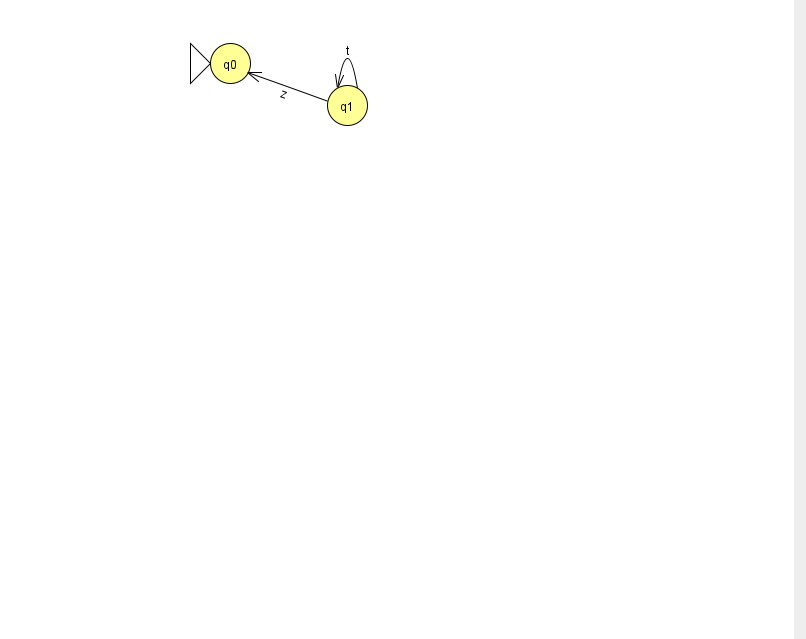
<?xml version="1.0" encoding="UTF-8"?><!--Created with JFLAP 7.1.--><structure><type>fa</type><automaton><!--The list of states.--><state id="0" name="q0"><x>230.0</x><y>50.0</y><initial/></state><state id="1" name="q1"><x>347.0</x><y>92.0</y></state><!--The list of transitions.--><transition><from>1</from><to>0</to><read>z</read></transition><transition><from>1</from><to>1</to><read>t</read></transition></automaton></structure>